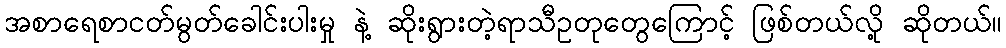
အစာရေစာငတ်မွတ်ခေါင်းပါးမှု နဲ့ ဆိုးရွားတဲ့ရာသီဥတုတွေကြောင့် ဖြစ်တယ်လို့ ဆိုတယ်။